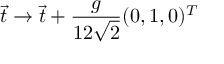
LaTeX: \vec { t } \to \vec { t } + \frac { g } { 1 2 \sqrt { 2 } } ( 0 , 1 , 0 ) ^ { T }